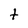
Character: t